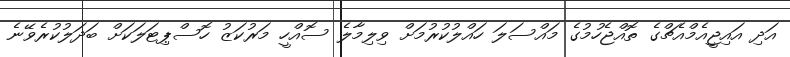
އަދި އައިޖީއެމްއެޗްގެ ތޮއްޖެހުމުގެ މައްސަލަ ހައްލުކުރުމަށް ވިލިމާލެ ސޮއްހީ މަރުކަޒު ހޮސްޕިޓަލަކަށް ބަދަލުކުރެވޭނެ